Vaccine operations Central Provinces 1868-1885 - 1868-1885
Year: 1868
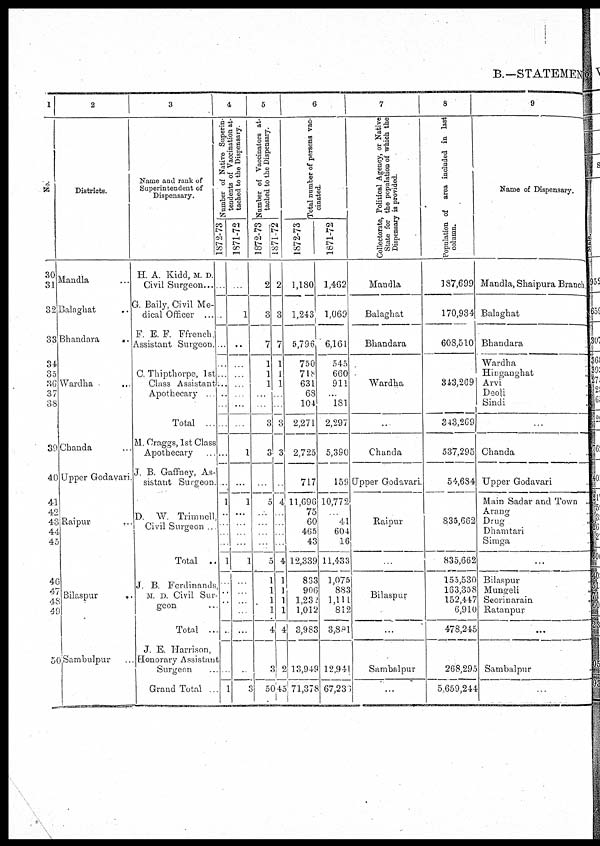
B.—STATEMEN
1
No.
30
31
32
33
34
35
36
37
38
39
40
41
42
43
44
45
AC
47
48
49
50
2
Districts.
Mandla ...
Balaghat ..
Bhandara
..
Wardha ..
Chanda ...
Upper Godavari
Raipur ...
Bilaspur
..
Sambulpur ...
3
Name and rank of
Superintendent of
Dispensary.
H. A. Kidd, M. D
Civil Surgeon...
G Baily, Civil Me-
dical Officer ...
F E. F. Ffrench
Assistant Sutgeon.
C. Thipthorpe, 1st
Class Assistant
Apothecary .
Total .
M. Craggs, 1st Class
Apothecary ..
J B. Gaffney, As-
sistant Surgeon.
D. W. Trimnell,
Civil Surgeon
Total ..
J. B. Ferdinands
M. D. Civil Sur-
geon
Total ..
J. E. Hanison,
Honorary Assistant
Surgeon
Grand Total
4
Number of Native Superin-
tendents of Vaccination at-
tached to the Dispensary.
1872-73
...
...
.
...
...
...
...
...
...
...
..
1
..
.
.
1
..
..
.
1
1871-72
...
1
...
...
...
...
...
...
1
...
1
...
.
.
...
1
...
..
...
...
3
5
Number of Vaccinators at-
tached to the Dispensary.
1872-73
2
3
7
1
1
1
...
...
3
3
...
5
...
..
.
...
5
1
1
1
1
4
3
50
1871-72
2
3
7
1
1
1
...
...
3
3
.
4
.
.
4
1
]
1
1
4
2
45
6
Total number of persons vac-
cinated.
1872-73
1,180
1,243
5,796
750
718
631
68
104
2,271
2,725
717
11,696
75
60
465
43
12,339
833
906
1,232
1,012
3,983
13,949
71,378
1871-72
1,462
1,069
6,161
545
660
911
...
181
2,297
5,390
159
10,772
41
604
16
11,433
1,075
883
1,111
812
3,881
12,941
67,233
7
Collectorate, Political Agency, or Native
State for the population of which the
Dispensary is provided.
Mandla
Balaghat
Bhandara
Wardha
..
Chanda
Upper Godavari.
Raipur
.
Bilaspur
...
Sambalpur
...
8
Population of area included in last
column.
187,699
170,934
608,510
843,209
343,269
537,295
54,684
835,662
835,662
155,530
163,358
152,447
6,910
478,245
268,295
5,659,244
9
Name of Dispensary.
Mandla, Shaipura Branch.
Balaghat
Bhandara
Wardha
Hinganghat
Arvi
Deoli
Sindi
...
Chanda
Upper Godavari ...
Main Sadar and Town ..
Arang
Drug
..
Dhamtari ..
Simga ..
...
Bilaspur ..
Mungeli
..
Seorinarain
..
Ratanpur ..
...
Sambalpur ..
..